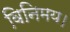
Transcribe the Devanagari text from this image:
विनिमय।